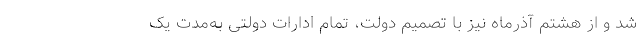
شد و از هشتم آذرماه نیز با تصمیم دولت، تمام ادارات دولتی به‌مدت یک